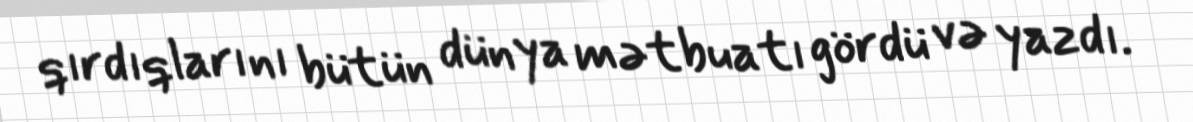
qırdıqlarını bütün dünya mətbuatı gördü və yazdı.